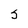
Character: S